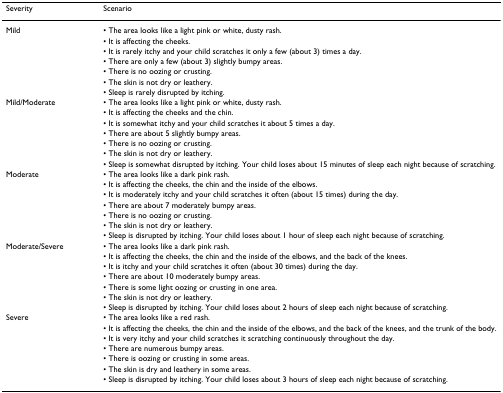
<table><thead><tr><td><b>Severity</b></td><td><b>Scenario</b></td></tr></thead><tbody><tr><td>Mild</td><td>• The area looks like a light pink or white, dusty rash.</td></tr><tr><td></td><td>• It is affecting the cheeks.</td></tr><tr><td></td><td>• It is rarely itchy and your child scratches it only a few (about 3) times a day.</td></tr><tr><td></td><td>• There are only a few (about 3) slightly bumpy areas.</td></tr><tr><td></td><td>• There is no oozing or crusting.</td></tr><tr><td></td><td>• The skin is not dry or leathery.</td></tr><tr><td></td><td>• Sleep is rarely disrupted by itching.</td></tr><tr><td>Mild/Moderate</td><td>• The area looks like a light pink or white, dusty rash.</td></tr><tr><td></td><td>• It is affecting the cheeks and the chin.</td></tr><tr><td></td><td>• It is somewhat itchy and your child scratches it about 5 times a day.</td></tr><tr><td></td><td>• There are about 5 slightly bumpy areas.</td></tr><tr><td></td><td>• There is no oozing or crusting.</td></tr><tr><td></td><td>• The skin is not dry or leathery.</td></tr><tr><td></td><td>• Sleep is somewhat disrupted by itching. Your child loses about 15 minutes of sleep each night because of scratching.</td></tr><tr><td>Moderate</td><td>• The area looks like a dark pink rash.</td></tr><tr><td></td><td>• It is affecting the cheeks, the chin and the inside of the elbows.</td></tr><tr><td></td><td>• It is moderately itchy and your child scratches it often (about 15 times) during the day.</td></tr><tr><td></td><td>• There are about 7 moderately bumpy areas.</td></tr><tr><td></td><td>• There is no oozing or crusting.</td></tr><tr><td></td><td>• The skin is not dry or leathery.</td></tr><tr><td></td><td>• Sleep is disrupted by itching. Your child loses about 1 hour of sleep each night because of scratching.</td></tr><tr><td>Moderate/Severe</td><td>• The area looks like a dark pink rash.</td></tr><tr><td></td><td>• It is affecting the cheeks, the chin and the inside of the elbows, and the back of the knees.</td></tr><tr><td></td><td>• It is itchy and your child scratches it often (about 30 times) during the day.</td></tr><tr><td></td><td>• There are about 10 moderately bumpy areas.</td></tr><tr><td></td><td>• There is some light oozing or crusting in one area.</td></tr><tr><td></td><td>• The skin is not dry or leathery.</td></tr><tr><td></td><td>• Sleep is disrupted by itching. Your child loses about 2 hours of sleep each night because of scratching.</td></tr><tr><td>Severe</td><td>• The area looks like a red rash.</td></tr><tr><td></td><td>• It is affecting the cheeks, the chin and the inside of the elbows, and the back of the knees, and the trunk of the body.</td></tr><tr><td></td><td>• It is very itchy and your child scratches it scratching continuously throughout the day.</td></tr><tr><td></td><td>• There are numerous bumpy areas.</td></tr><tr><td></td><td>• There is oozing or crusting in some areas.</td></tr><tr><td></td><td>• The skin is dry and leathery in some areas.</td></tr><tr><td></td><td>• Sleep is disrupted by itching. Your child loses about 3 hours of sleep each night because of scratching.</td></tr></tbody></table>